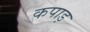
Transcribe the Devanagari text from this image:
कपाड़